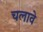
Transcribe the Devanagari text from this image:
चलावे